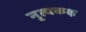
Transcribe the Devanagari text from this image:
नृत्यकक्ष